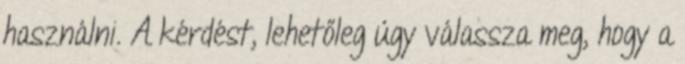
használni. A kérdést, lehetőleg úgy válassza meg, hogy a